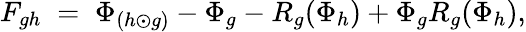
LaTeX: F_{gh}\; =\; \Phi_{(h\odot g)}-\Phi_{g}-R_{g}(\Phi_{h})+\Phi_{g}R_{g}(\Phi_{h}),